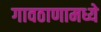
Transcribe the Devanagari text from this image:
गावठाणामध्ये